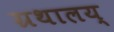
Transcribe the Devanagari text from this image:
ग्रथालय्